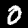
Label: 0